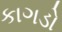
કાગડો